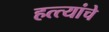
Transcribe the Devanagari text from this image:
हत्त्यांचे